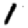
Digit: 1